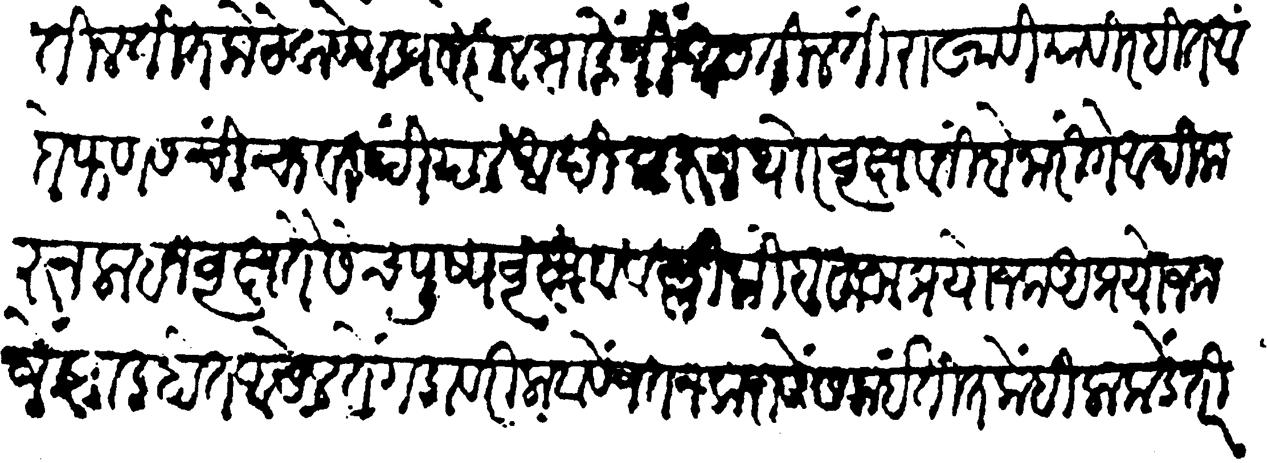
Transliteration (Devanagari): आसतील तितके ठेवावें गडावरील झाडे जीं आसतील तीं राखावीं याविरहीत आंबें फणस चिंचा वह पिंपल आदिकरुन थोर वृक्ष व निबें नारिंगें आदिकरुन लाहन वृक्ष तैसेंच पुष्पवृक्ष व वल्ली किंबहुना प्रयोजक अप्रयोजक जे झाड होत असेल तें गडावरी लावावे जतन करावे समयीं तितकेंही लाकडे तरी